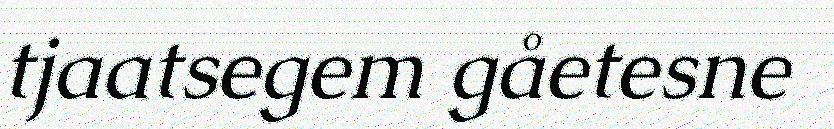
tjaatsegem gåetesne